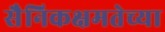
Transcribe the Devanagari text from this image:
सैनिकक्षमतेच्या